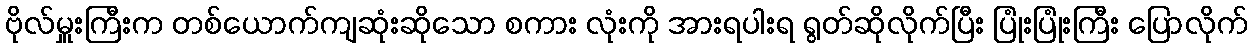
ဗိုလ်မှူးကြီးက တစ်ယောက်ကျဆုံးဆိုသော စကား လုံးကို အားရပါးရ ရွတ်ဆိုလိုက်ပြီး ပြုံးပြုံးကြီး ပြောလိုက်